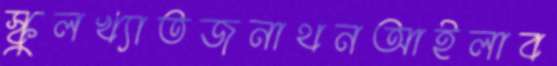
স্কুলখ্যাতজনাথনআইলাব